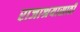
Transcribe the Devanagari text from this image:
राजाश्रयासाठी